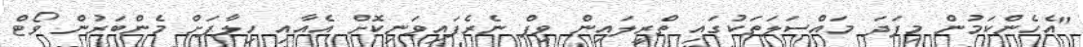
"އެހެންކަމުން މިފަދަ މައްސަލަތަކުގައި ތްރީލައިން ވިޕް ނެރެފައިވަނިކޮށް އެއާއި ހިލާފަށް މެންބަރުން ވޯޓް